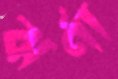
ঝর্ণা